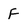
Character: F